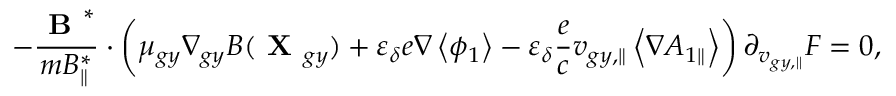
- \frac { \textbf { B } ^ { * } } { m { B } _ { \parallel } ^ { * } } \boldsymbol { \cdot } \left( \mu _ { g y } \nabla _ { g y } B ( \textbf { X } _ { g y } ) + \varepsilon _ { \delta } e \nabla \left\langle \phi _ { 1 } \right\rangle - \varepsilon _ { \delta } \frac { e } { c } v _ { g y , \parallel } \left\langle \nabla { A } _ { 1 \parallel } \right\rangle \right) \partial _ { v _ { g y , \parallel } } F = 0 ,